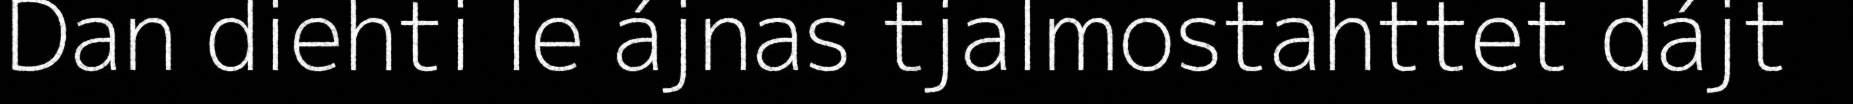
Dan diehti le ájnas tjalmostahttet dájt